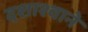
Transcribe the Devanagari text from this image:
दशाश्वाने